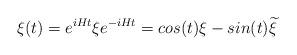
LaTeX: \begin{align*}\xi(t) = e^{iHt} \xi e^{-iHt} = cos(t) \xi - sin(t) {\widetilde \xi}\end{align*}